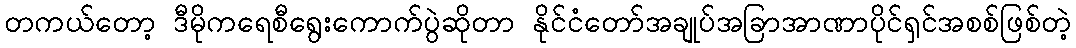
တကယ်တော့ ဒီမိုကရေစီရွေးကောက်ပွဲဆိုတာ နိုင်ငံတော်အချုပ်အခြာအာဏာပိုင်ရှင်အစစ်ဖြစ်တဲ့